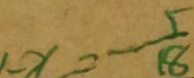
1 - x = - \frac { 5 } { 1 8 }